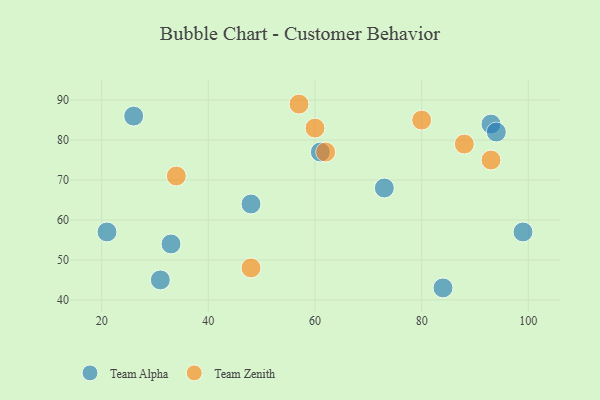
{"axis": {"x": "GDP", "y": "Life Expectancy"}, "legend": ["Team Alpha", "Team Zenith"], "data": [{"x": "21", "y": 57, "type": "Team Alpha"}, {"x": "93", "y": 84, "type": "Team Alpha"}, {"x": "61", "y": 77, "type": "Team Alpha"}, {"x": "94", "y": 82, "type": "Team Alpha"}, {"x": "99", "y": 57, "type": "Team Alpha"}, {"x": "48", "y": 64, "type": "Team Alpha"}, {"x": "26", "y": 86, "type": "Team Alpha"}, {"x": "84", "y": 43, "type": "Team Alpha"}, {"x": "31", "y": 45, "type": "Team Alpha"}, {"x": "73", "y": 68, "type": "Team Alpha"}, {"x": "33", "y": 54, "type": "Team Alpha"}, {"x": "93", "y": 75, "type": "Team Zenith"}, {"x": "57", "y": 89, "type": "Team Zenith"}, {"x": "62", "y": 77, "type": "Team Zenith"}, {"x": "88", "y": 79, "type": "Team Zenith"}, {"x": "60", "y": 83, "type": "Team Zenith"}, {"x": "80", "y": 85, "type": "Team Zenith"}, {"x": "34", "y": 71, "type": "Team Zenith"}, {"x": "48", "y": 48, "type": "Team Zenith"}]}